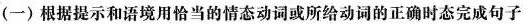
(一)根据提示和语境用恰当的情态动词或所给动词的正确时态完成句子